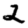
Digit: 2